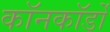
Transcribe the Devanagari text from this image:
कॉनकॉर्डों